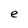
Character: e